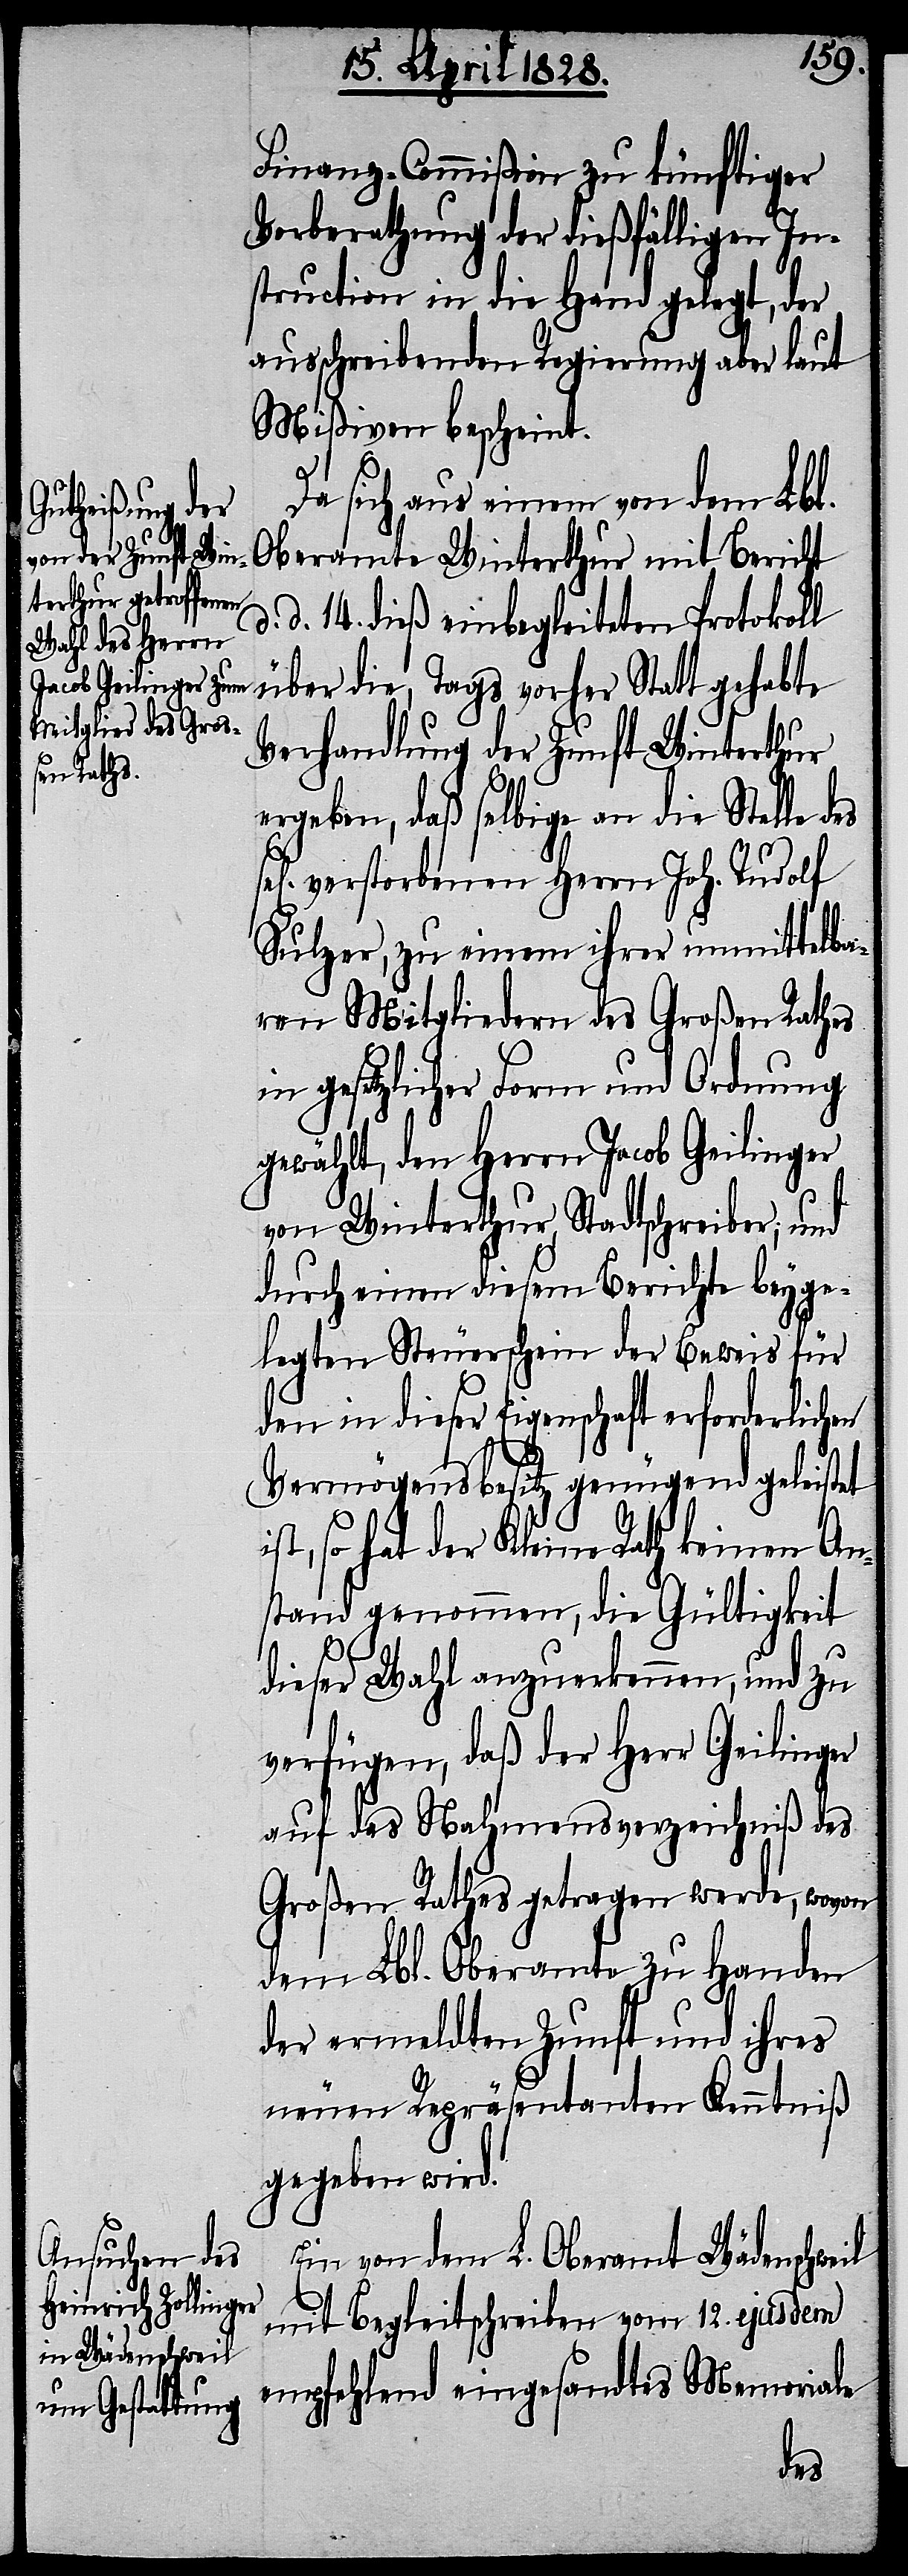
Finanz-Commißion zu künftiger
Vorberathung der dießfälligen In¬
struction in die Hand gelegt, der
ausschreibenden Regierung aber laut
Mißiven bescheint.
Da sich aus einem von dem Lbl.
Oberamt Winterthur mit Bericht
d. 14. dieß einbegleiteten Protokoll
über die, Tags vorher Statt gehabte
Verhandlung der Zunft Winterthur
ergeben, daß selbige an die Stelle
verstorbenen Herrn Joh. Rudolf
Sulzer, zu einem ihrer unmittelba¬
ren Mitgliedern des Großen Rathes
in gesetzlicher Form und Ordnung
gewählt, den Herrn Jacob Geilinger
von Winterthur, Stadtschreiber; und
durch einen diesem Berichte beyge¬
legten Steuerschein der Beweis für
den in dieser Eigenschaft erforderlichen
Vermögensbesitz genügend geleistet
st, so hat der Kleine Rath keinen An¬
stand genommen, die Gültigkeit
d.
i¬
dieser Wahl anzuerkennen, und zu
verfügen, daß der Herr Geilinger
auf das Nahmensverzeichniß des
Großen Rathes getragen werde, wovon
dem Lbl. Oberamte zu Handen
der ermeldten Zunft und ihres
neuen Repräsentanten Kenntniß
gegeben wird.
Ein vom dem L. Oberamt Wädenschweil
mit Begleitschrieben vom 12. ejusdem
empfehlend eingesandtes Memoriale
des